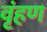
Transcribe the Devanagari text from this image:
वृंहण